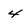
Character: 4